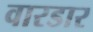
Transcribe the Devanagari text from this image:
वारडार